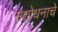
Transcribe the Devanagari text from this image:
सशोधनाचे